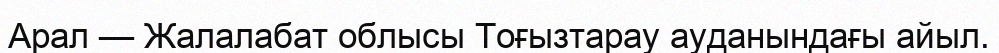
Арал — Жалалабат облысы Тоғызтарау ауданындағы айыл.